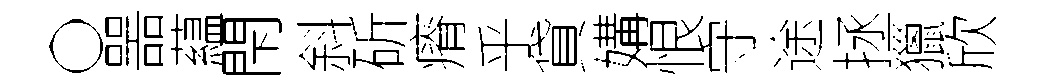
〇噐藴閇斜斫瘠乎貸媾恨守途拯獵欣